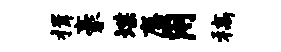
揖豪堞麋用稿